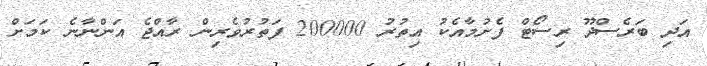
އަދި ބަރެސްދޫ ރިސޯޓް ފެށުމާއެކު އިތުރު 200000 ފަތުރުވެރިން ރާއްޖެ އަންނާނެ ކަމަށް